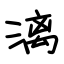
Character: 漓